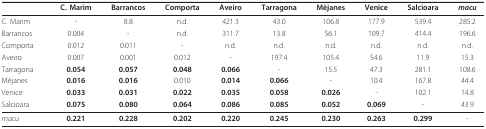
<table><thead><tr><td></td><td><b>C. Marim</b></td><td><b>Barrancos</b></td><td><b>Comporta</b></td><td><b>Aveiro</b></td><td><b>Tarragona</b></td><td><b>Mèjanes</b></td><td><b>Venice</b></td><td><b>Salcioara</b></td><td><b><i>macu</i></b></td></tr></thead><tbody><tr><td>C. Marim</td><td>-</td><td>8.8</td><td>n.d.</td><td>421.3</td><td>43.0</td><td>106.8</td><td>177.9</td><td>539.4</td><td>285.2</td></tr><tr><td>Barrancos</td><td>0.004</td><td>-</td><td>n.d.</td><td>311.7</td><td>13.8</td><td>56.1</td><td>109.7</td><td>414.4</td><td>196.6</td></tr><tr><td>Comporta</td><td>0.012</td><td>0.011</td><td>-</td><td>n.d.</td><td>n.d.</td><td>n.d.</td><td>n.d.</td><td>n.d.</td><td>n.d.</td></tr><tr><td>Aveiro</td><td>0.007</td><td>0.001</td><td>0.012</td><td>-</td><td>197.4</td><td>105.4</td><td>54.6</td><td>11.9</td><td>15.3</td></tr><tr><td>Tarragona</td><td><b>0.054</b></td><td><b>0.057</b></td><td><b>0.048</b></td><td><b>0.066</b></td><td>-</td><td>15.5</td><td>47.3</td><td>281.1</td><td>108.6</td></tr><tr><td>Mèjanes</td><td><b>0.016</b></td><td><b>0.016</b></td><td>0.010</td><td><b>0.014</b></td><td><b>0.066</b></td><td>-</td><td>10.4</td><td>167.8</td><td>44.4</td></tr><tr><td>Venice</td><td><b>0.033</b></td><td><b>0.031</b></td><td><b>0.022</b></td><td><b>0.035</b></td><td><b>0.058</b></td><td><b>0.026</b></td><td>-</td><td>102.1</td><td>14.8</td></tr><tr><td>Salcioara</td><td><b>0.075</b></td><td><b>0.080</b></td><td><b>0.064</b></td><td><b>0.086</b></td><td><b>0.085</b></td><td><b>0.052</b></td><td><b>0.069</b></td><td>-</td><td>43.9</td></tr><tr><td><i>macu</i></td><td><b>0.221</b></td><td><b>0.228</b></td><td><b>0.202</b></td><td><b>0.220</b></td><td><b>0.245</b></td><td><b>0.230</b></td><td><b>0.263</b></td><td><b>0.299</b></td><td>-</td></tr></tbody></table>